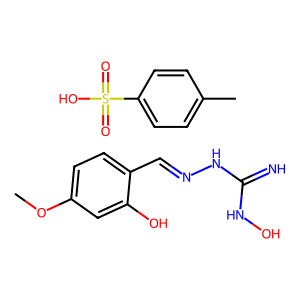
SMILES: COc1ccc(C=NNC(=N)NO)c(O)c1.Cc1ccc(S(=O)(=O)O)cc1
Inhibits HIV replication: No